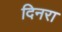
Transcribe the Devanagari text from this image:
दिनरा